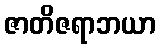
ဇာတိဇရာဘယာ